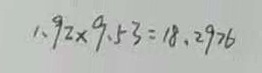
1 . 9 2 \times 9 . 5 3 = 1 8 . 2 9 7 6